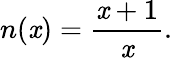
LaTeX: n(\mathit{x})=\frac{{\mathit{x}+1}}{{\mathit{x}}}.